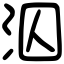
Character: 泅